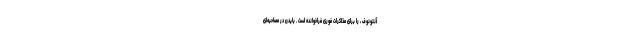
آنتونوف ، را برای مذاکرات فوری فراخوانده است . بایدن در مصاحبه‌ای